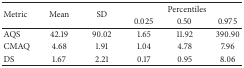
| <ROWSPAN=2> Metric | <ROWSPAN=2> Mean | <ROWSPAN=2> SD | <COLSPAN=3> Percentiles |
 | 0.025 | 0.50 | 0.975 |
 | --- | --- | --- | --- | --- | --- |
 | AQS | 42.19 | 90.02 | 1.65 | 11.92 | 390.90 |
 | CMAQ | 4.68 | 1.91 | 1.04 | 4.78 | 7.96 |
 | DS | 1.67 | 2.21 | 0.17 | 0.95 | 8.06 |